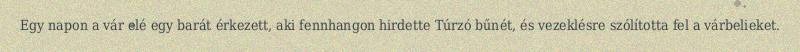
Egy napon a vár elé egy barát érkezett, aki fennhangon hirdette Túrzó bűnét, és vezeklésre szólította fel a várbelieket.